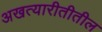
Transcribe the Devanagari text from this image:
अखत्यारीतीतील